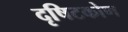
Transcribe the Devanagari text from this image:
दृषिटकोण